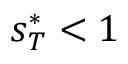
s _ { T } ^ { * } < 1